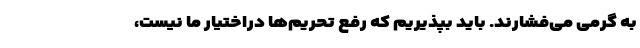
به گرمی می‌فشارند. باید بپذیریم که رفع تحریم‌ها دراختیار ما نیست،